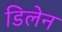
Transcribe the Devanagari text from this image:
डिलेन